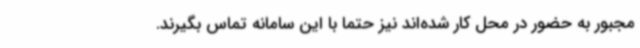
مجبور به حضور در محل کار شده‌اند نیز حتما با این سامانه تماس بگیرند.